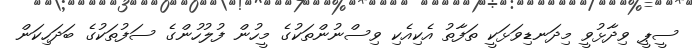
ސީޕީ ވިދާޅުވީ މިދަނޑިވަޅަކީ ތަފާތު އެކިއެކި ވިސްނުންތަކުގެ މީހުން ފުލުހުންގެ ސަފުތަކުގެ ބަދަހިކަން